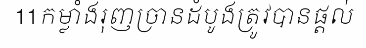
11កម្លាំងរុញច្រានដំបូងត្រូវបានផ្តល់